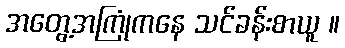
အတွေ့အကြုံကနေ သင်ခန်းစာယူ ။